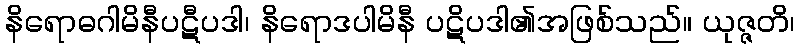
နိရောဓဂါမိနီပဋီပဒါ၊ နိရောဒပါမိနီ ပဋိပဒါ၏အဖြစ်သည်။ ယုဇ္ဇတိ၊